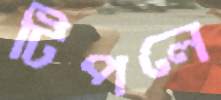
টিপলে